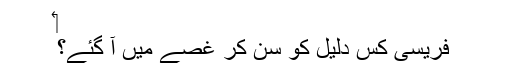
‏
فریسی کس دلیل کو سُن کر غصے میں آ گئے؟